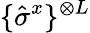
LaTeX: \{ \hat{\sigma}^{x}\} ^{\otimes L}